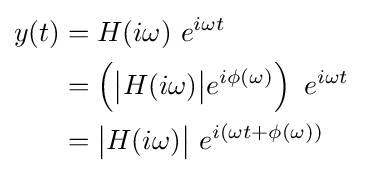
{\begin{aligned}y(t)&=H(i\omega )\ e^{i\omega t}\ \\&=\left({\big |}H(i\omega ){\big |}e^{i\phi (\omega )}\right)\ e^{i\omega t}\ \\&={\big |}H(i\omega ){\big |}\ e^{i\left(\omega t+\phi (\omega )\right)}\ \\\end{aligned}}\